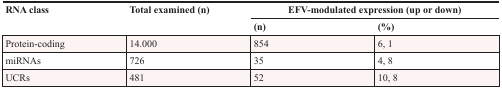
| <ROWSPAN=2> RNA class | <ROWSPAN=2> Total examined (n) | <COLSPAN=2> EFV-modulated expression (up or down) |
 | (n) | (%) |
 | --- | --- | --- | --- |
 | Protein-coding | 14.000 | 854 | 6, 1 |
 | miRNAs | 726 | 35 | 4, 8 |
 | UCRs | 481 | 52 | 10, 8 |